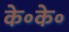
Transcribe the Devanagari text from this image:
के॰के॰